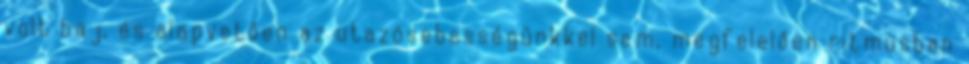
volt baj, és alapvetően az utazósebességünkkel sem, megfelelően ritmusban